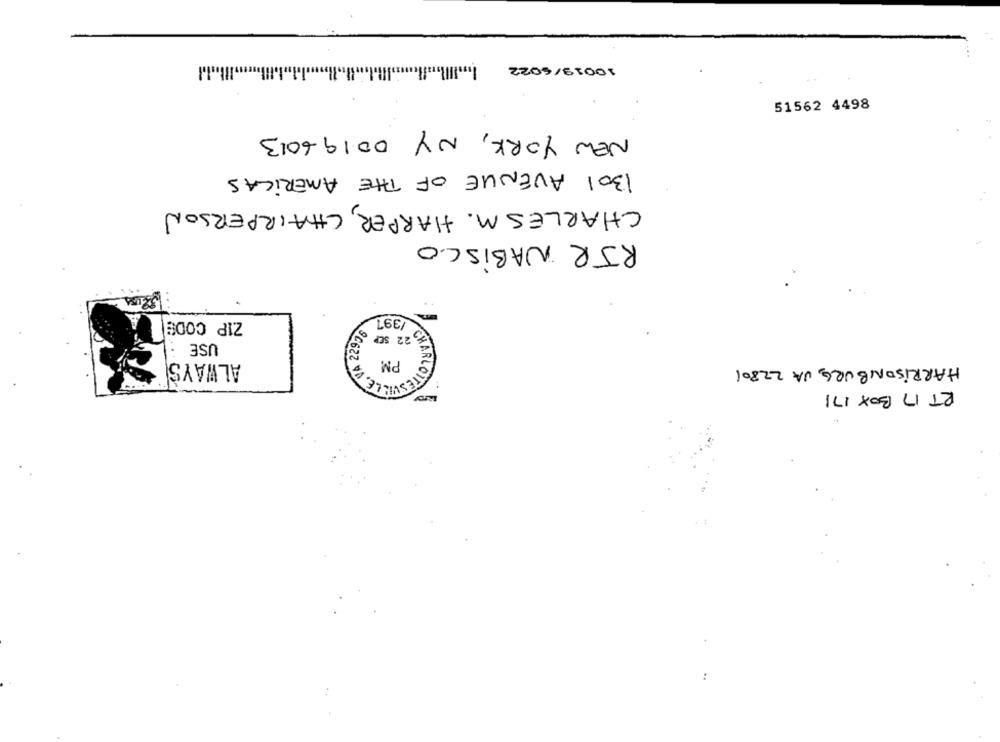
10019/6022
51562 4498
NEW YORK, NY 00196013
1301 AVENUE OF THE AMERICAS
CHARLES M. HARPER, CHAIRPERSON
RJR NABISCO
2 /391
ZIP CODE
USE
CITÉSVILLE, PAT
ALWAYS
PM
HARRISONBURG, VA 22801
RT 17 BOX 171
CHARLOTTES
: